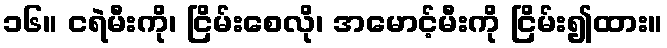
၁၆။ ငရဲမီးကို၊ ငြိမ်းစေလို၊ အမောင့်မီးကို ငြိမ်း၍ထား။